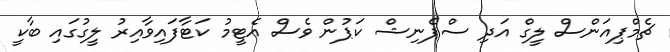
ޗެމްޕިއަންސް ލީގް އަދި ސްޕެނިޝް ކަޕުން ވެސް އެޓީމު ކަޓާފައިވާއިރު ލީގުގައި ބާކީ